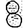
Digit: 8